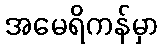
အမေရိကန်မှာ